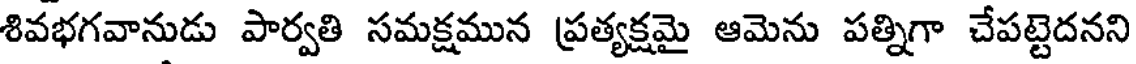
శివభగవానుడు పార్వతి సమక్షమున ప్రత్యక్షమై ఆమెను పత్నిగా చేపట్టెదనని